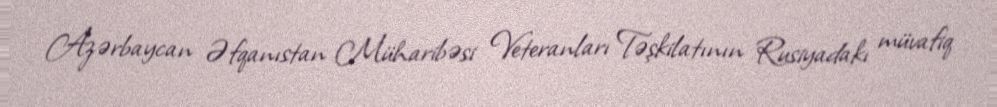
Azərbaycan Əfqanıstan Müharibəsi Veteranları Təşkilatının Rusiyadakı müvafiq